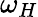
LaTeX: \omega_{H}